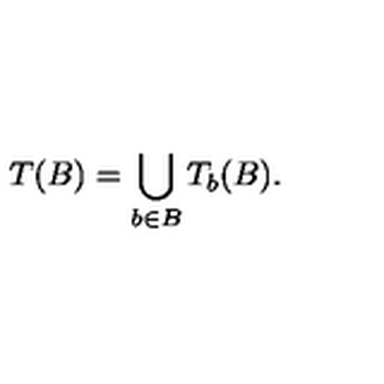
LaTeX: T ( B ) = \bigcup _ { b \in B } T _ { b } ( B ) .